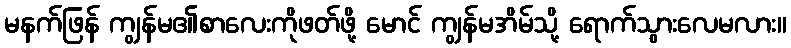
မနက်ဖြန် ကျွန်မ၏စာလေးကိုဖတ်ဖို့ မောင် ကျွန်မအိမ်သို့ ရောက်သွားလေမလား။